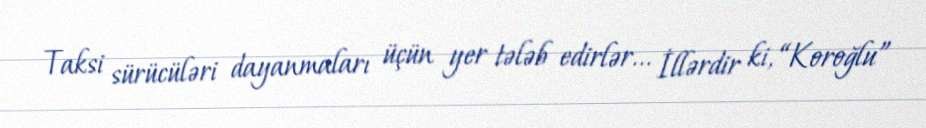
Taksi sürücüləri dayanmaları üçün yer tələb edirlər... İllərdir ki, “Koroğlu”